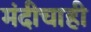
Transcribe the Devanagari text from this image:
मंदीचाही